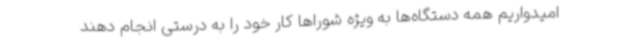
امیدواریم همه دستگاه‌ها به ویژه شوراها کار خود را به درستی انجام دهند